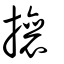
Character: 攘